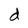
Character: d